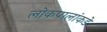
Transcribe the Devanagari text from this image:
लोकपालांकडे